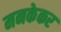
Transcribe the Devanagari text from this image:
मनकेकर